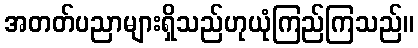
အတတ်ပညာများရှိသည်ဟုယုံကြည်ကြသည်။